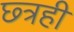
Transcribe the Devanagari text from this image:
छ्त्रही